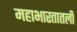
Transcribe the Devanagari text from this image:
महाभारतातली